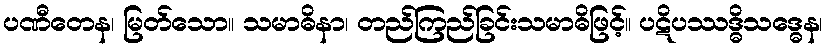
ပဏီတေန၊ မြတ်သော။ သမာဓိနာ၊ တည်ကြည်ခြင်းသမာဓိဖြင့်။ ပဋိပဿဒ္ဓိသဒ္ဓေန၊